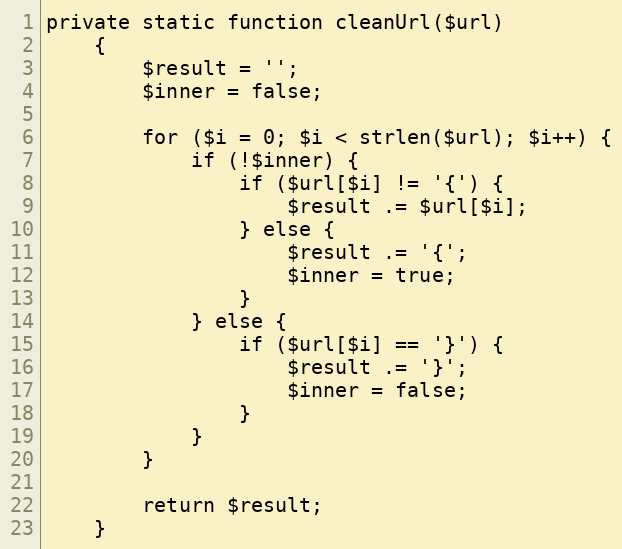
Language: PHP
private static function cleanUrl($url)
    {
        $result = '';
        $inner = false;

        for ($i = 0; $i < strlen($url); $i++) {
            if (!$inner) {
                if ($url[$i] != '{') {
                    $result .= $url[$i];
                } else {
                    $result .= '{';
                    $inner = true;
                }
            } else {
                if ($url[$i] == '}') {
                    $result .= '}';
                    $inner = false;
                }
            }
        }

        return $result;
    }